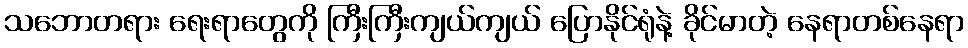
သဘောတရား ရေးရာတွေကို ကြီးကြီးကျယ်ကျယ် ပြောနိုင်ရုံနဲ့ ခိုင်မာတဲ့ နေရာတစ်နေရာ